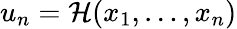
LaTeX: u_{n}=\mathcal{H}(x_{1},\ldots,x_{n})